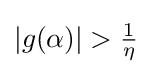
|g(\alpha )|>{\tfrac {1}{\eta }}